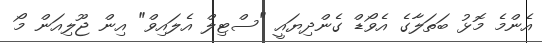
އެންމެ މޮޅު ބަތަލާގެ އެވޯޑް ގެންދިޔައީ "ސްޓިލް އެލައިވް" އިން ޖޫލިއަން މޯ